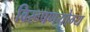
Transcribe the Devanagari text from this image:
विरूपणयोग्य